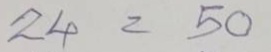
24 = 50